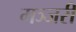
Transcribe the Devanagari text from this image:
मञ्जरी